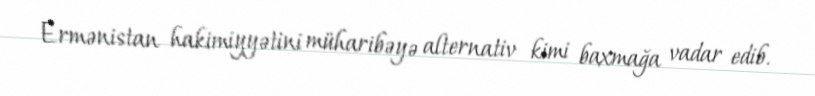
Ermənistan hakimiyyətini müharibəyə alternativ kimi baxmağa vadar edib.